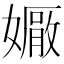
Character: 𡢩